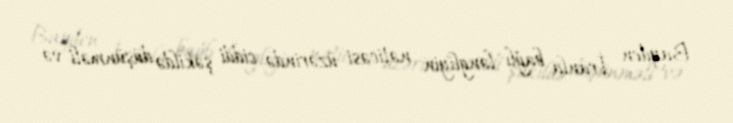
Bayden İranla bağlı ləngliyin nəticəsi üzərində ciddi şəkildə düşünməli və